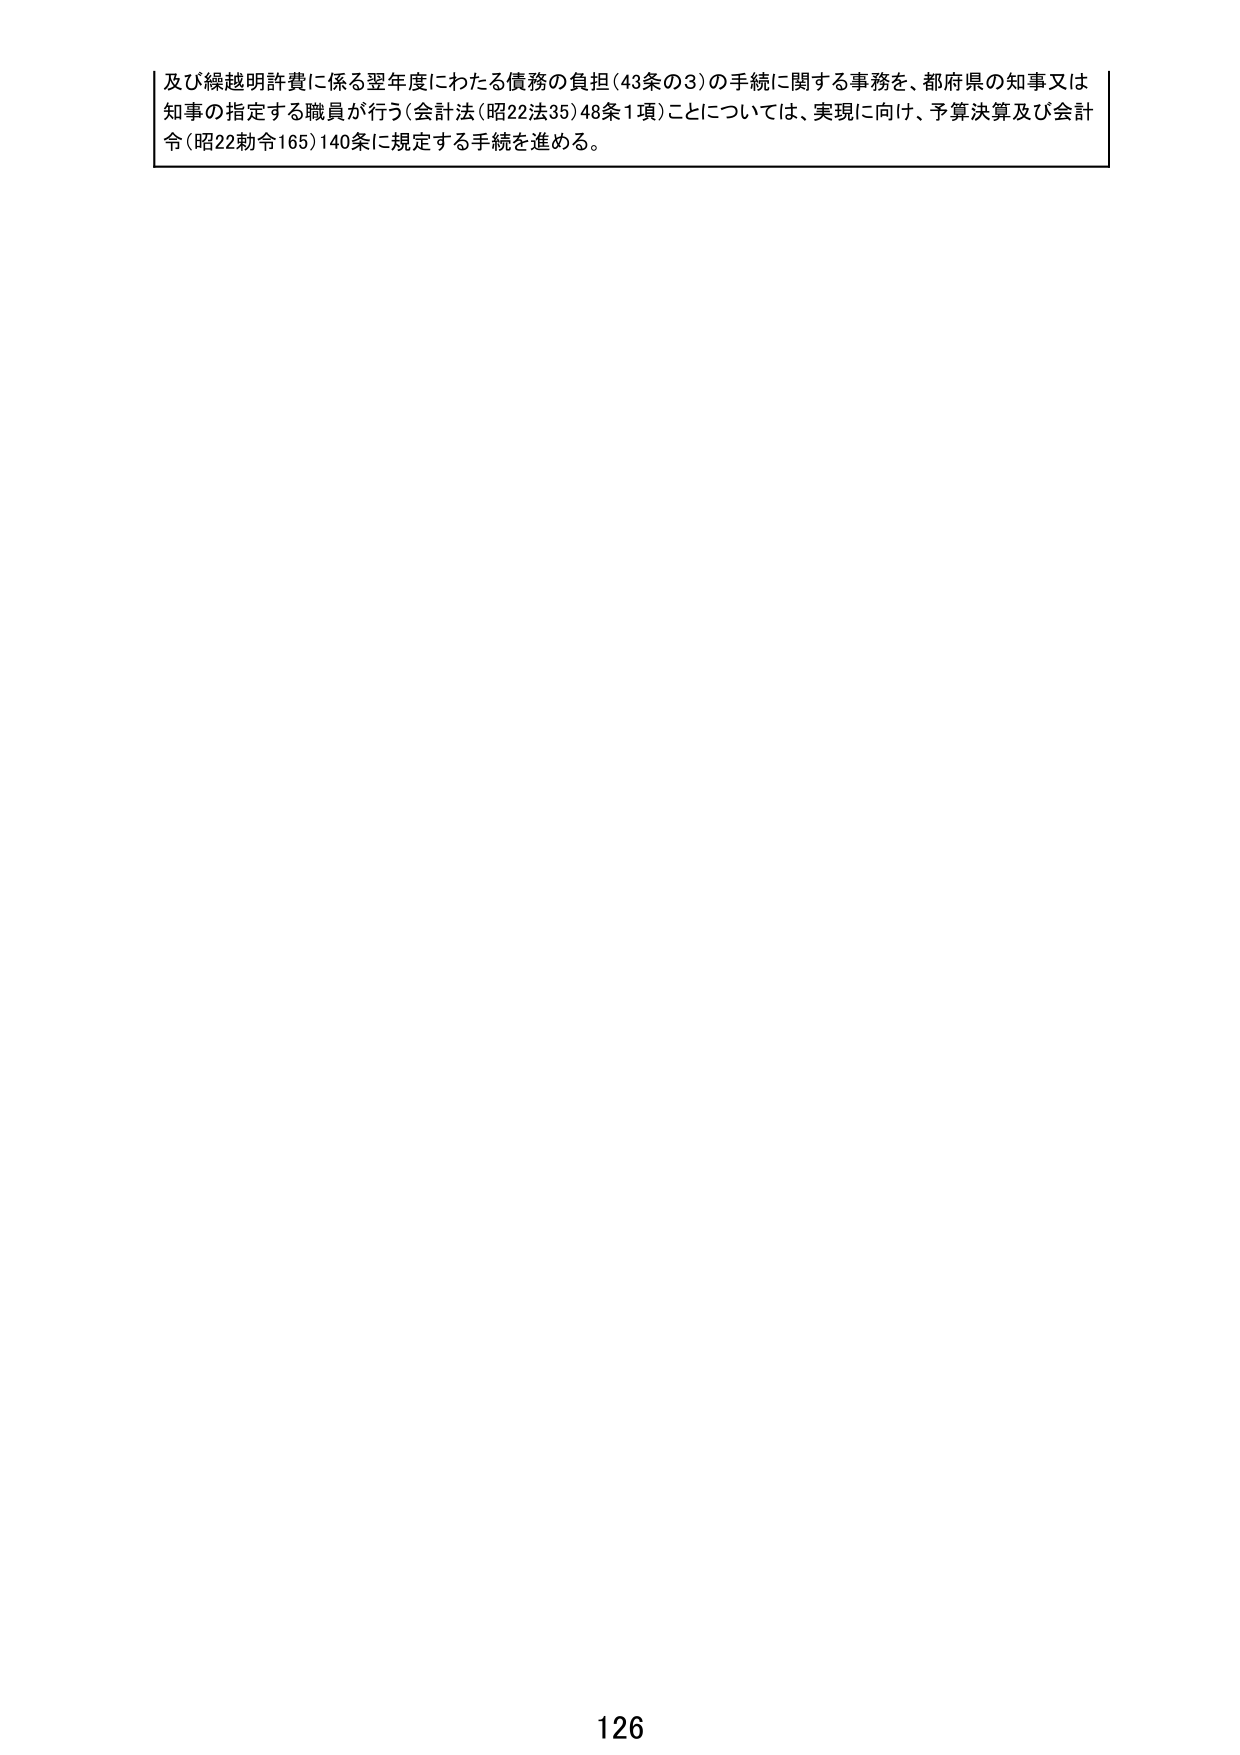
及び繰越明許費に係る翌年度にわたる債務の負担(43条の3)の手続に関する事務を、都府県の知事又は知事の指定する職員が行う(会計法(昭22法35)48条1項)ことについては、実現に向け、予算決算及び会計令(昭22勅令165)140条に規定する手続を進める。

126